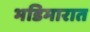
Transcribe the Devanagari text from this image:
भडिमारात